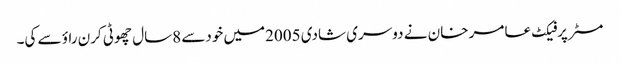
مسٹرپرفیکٹ عامر خان نے دوسری شادی 2005میں خودسے 8سال چھوٹی کرن راؤ سے کی۔